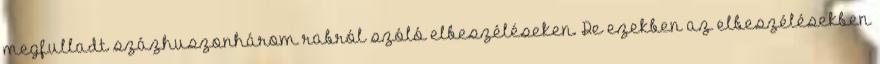
megfulladt százhuszonhárom rabról szóló elbeszéléseken. De ezekben az elbeszélésekben